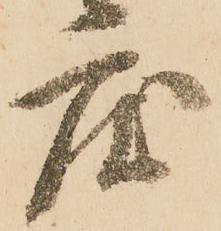
度